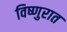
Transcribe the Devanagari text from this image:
विष्णुरात